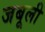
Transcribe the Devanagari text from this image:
जबूली